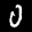
Label: 0